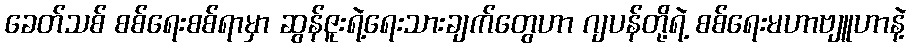
ခေတ်သစ် စစ်ရေးစစ်ရာမှာ ဆွန်ဇူးရဲ့ရေးသားချက်တွေဟာ ဂျပန်တို့ရဲ့ စစ်ရေးမဟာဗျူဟာနဲ့